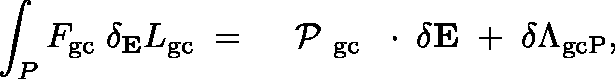
\int _ { P } F _ { \mathrm { g c } } \; \delta _ { \bf E } L _ { \mathrm { g c } } \; = \; \mathrm { ~ \boldmath ~ \cal ~ P ~ } _ { \mathrm { g c } } \, \mathrm { ~ \boldmath ~ \cdot ~ } \, \delta { \bf E } \; + \; \delta \Lambda _ { \mathrm { g c P } } ,